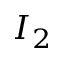
I _ { 2 }